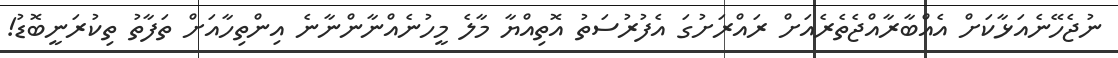
ނުޖެހޭނެއަޅާކަށް އެއްބާރާއްޖެތެރެއަށް ރައްރަށުގަ އެފުރުސަތު އޮތިއްޔާ މާލެ މީހުނެއްނާންނާނެ އިންތިހާއަށް ތަފާތު ތިކުރަނީބޮޑު!